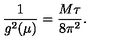
\frac { 1 } { g ^ { 2 } ( \mu ) } = \frac { M \tau } { 8 \pi ^ { 2 } } .